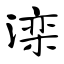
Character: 滦